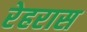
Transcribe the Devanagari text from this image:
रेहरास